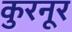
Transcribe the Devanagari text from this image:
कुरनूर